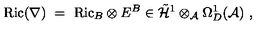
\mathrm { R i c } ( \nabla ) \ = \ \mathrm { R i c } _ { B } \otimes E ^ { B } \in \tilde { { \mathcal H } } ^ { 1 } \otimes _ { { \mathcal A } } \Omega _ { D } ^ { 1 } ( { \mathcal A } ) \ ,